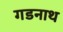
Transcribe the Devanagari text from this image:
गडनाथ